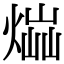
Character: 𤋫